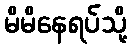
မိမိနေရပ်သို့